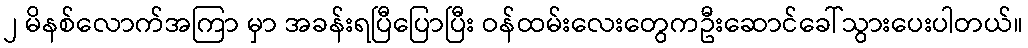
၂ မိနစ်လောက်အကြာ မှာ အခန်းရပြီပြောပြီး ဝန်ထမ်းလေးတွေကဦးဆောင်ခေါ်သွားပေးပါတယ်။